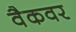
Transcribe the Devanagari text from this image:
वैकवर